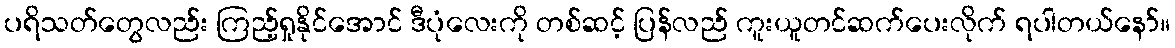
ပရိသတ်တွေလည်း ကြည့်ရှုနိုင်အောင် ဒီပုံလေးကို တစ်ဆင့် ပြန်လည် ကူးယူတင်ဆက်ပေးလိုက် ရပါတယ်နော်။